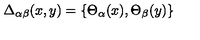
\Delta _ { \alpha \beta } ( x , y ) = \left\{ \Theta _ { \alpha } ( x ) , \Theta _ { \beta } ( y ) \right\}